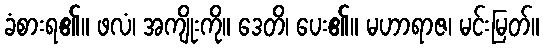
ခံစားရ၏။ ဖလံ၊ အကျိုးကို။ ဒေတိ၊ ပေး၏။ မဟာရာဇ၊ မင်းမြတ်။